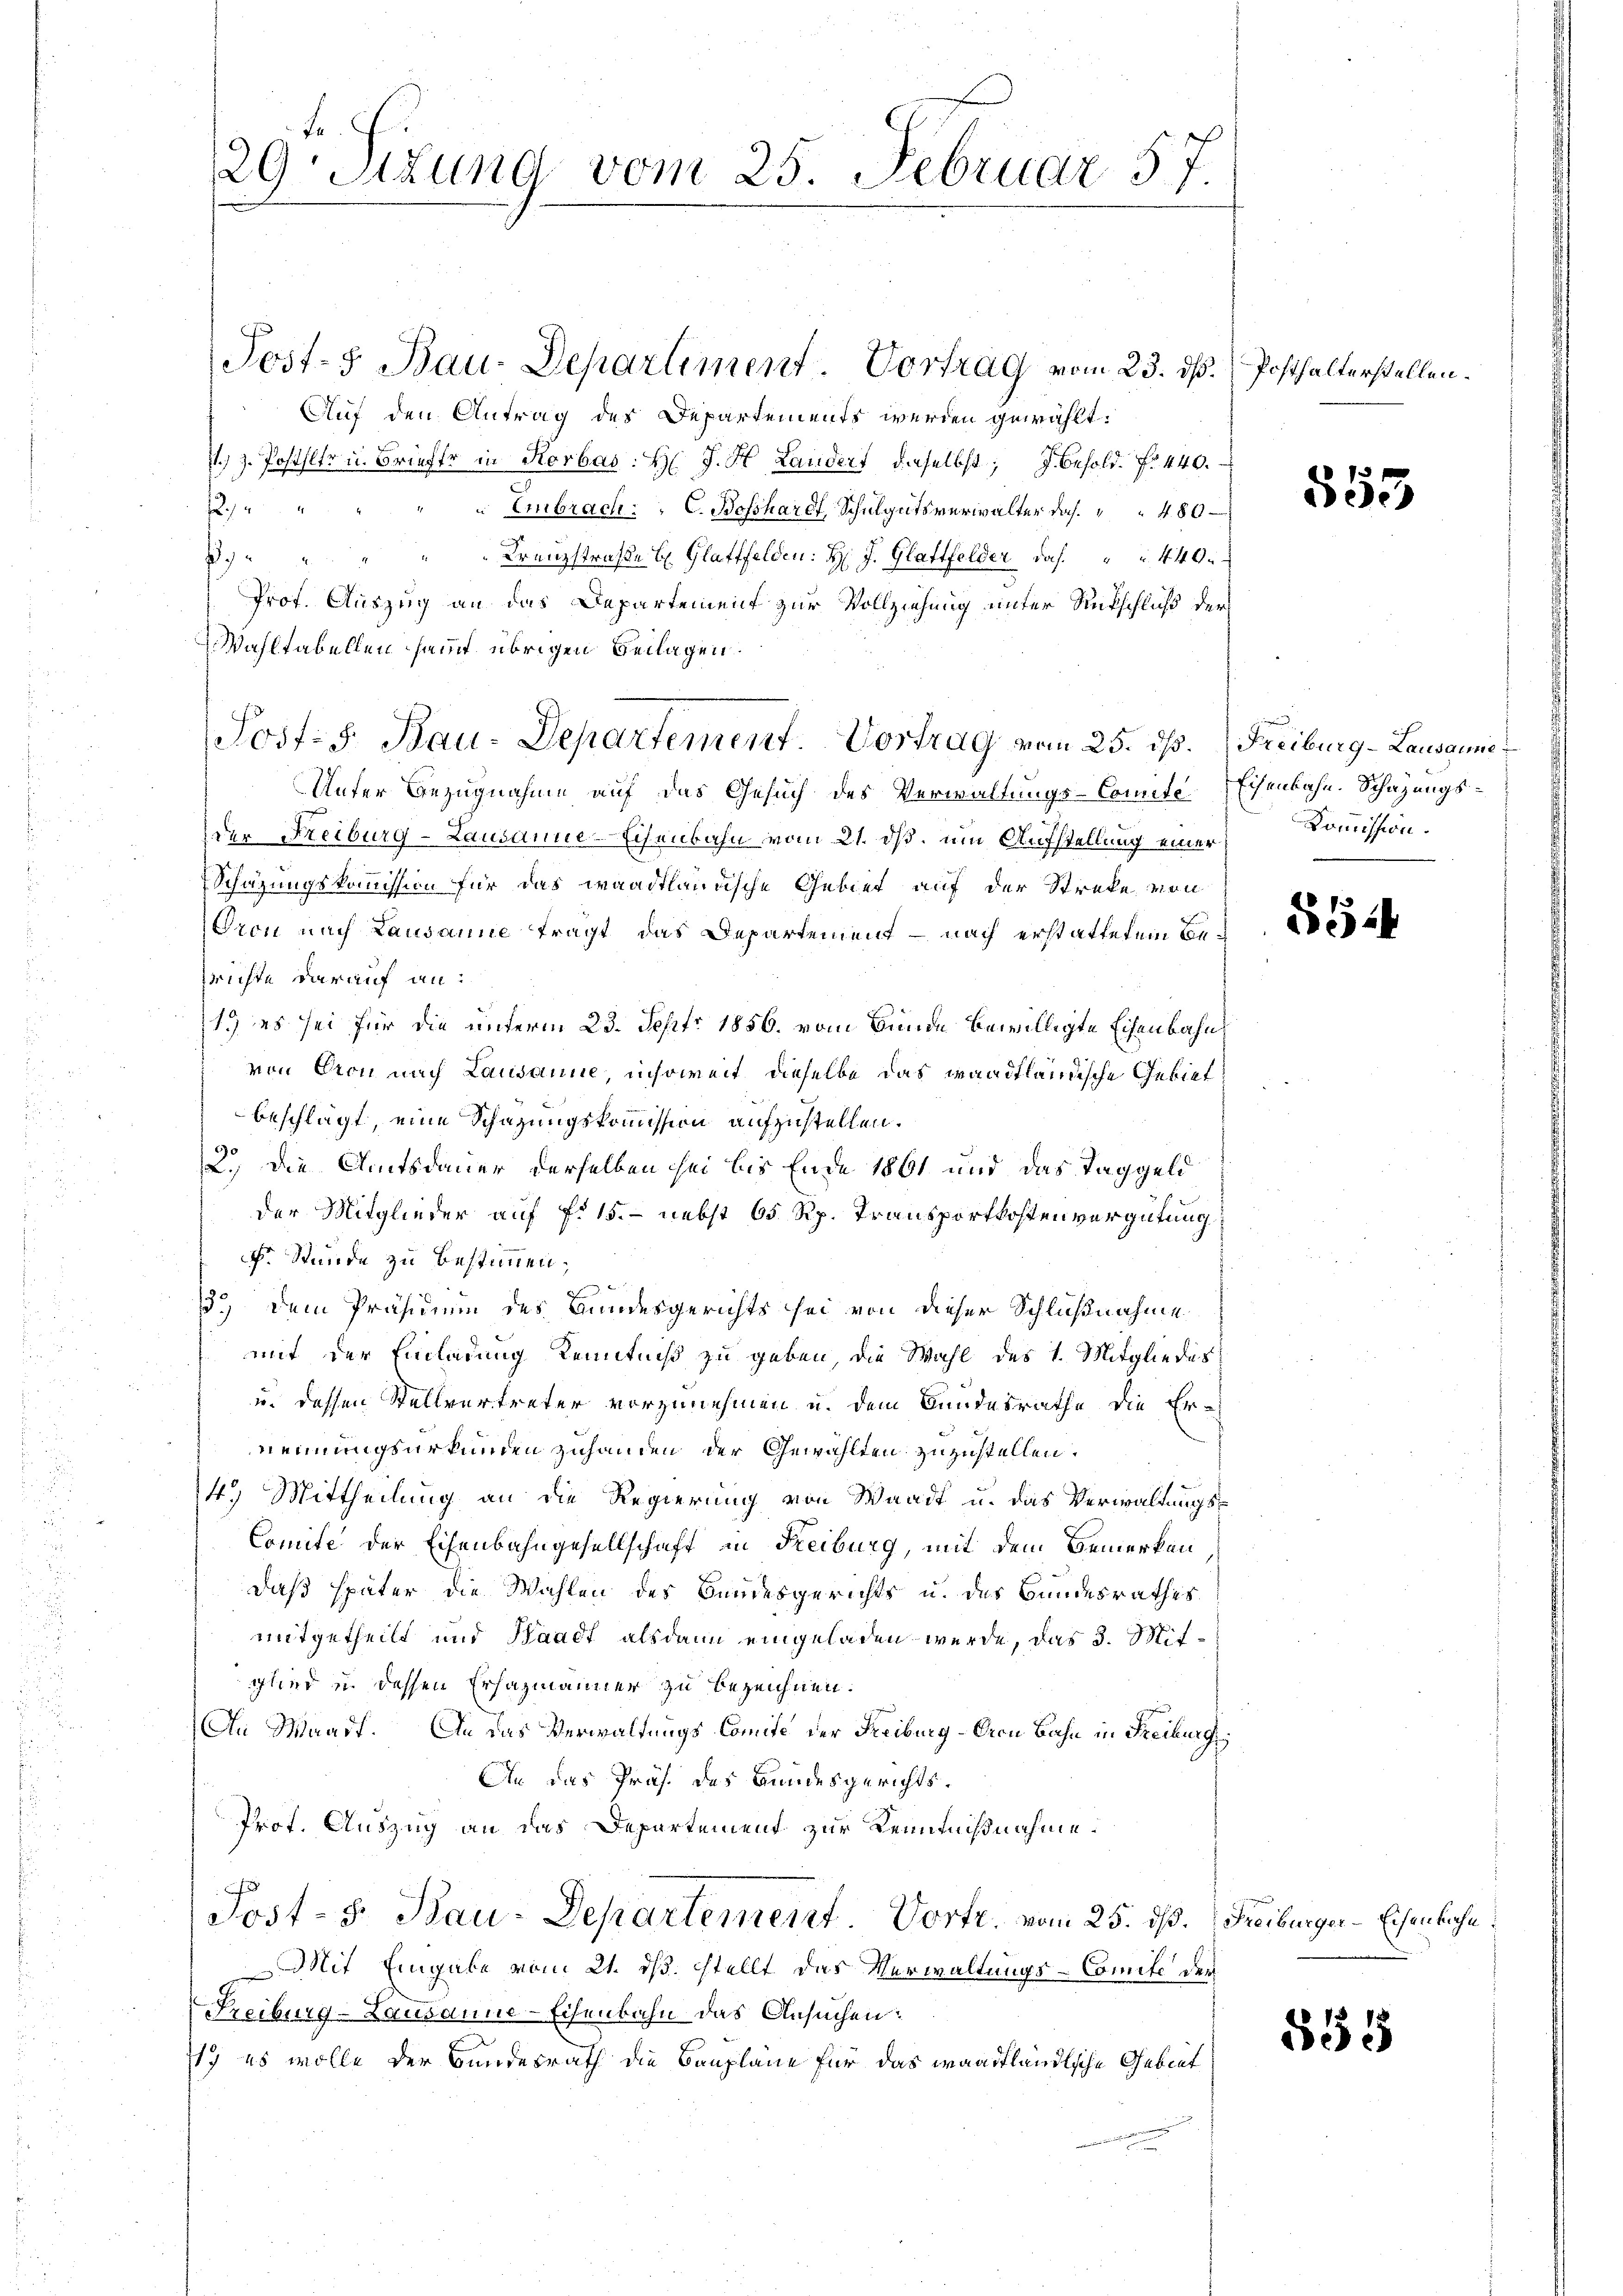
29 Sitzung vom 25. Februar 57.

Auf den Antrag des Departements werden gewählt.
V. z. Posthler u. Briefer in Rorbas: H. J. H. Landert daselbst; J. Besold. N. 440.
he
" Embrach: C. Bosshardt, Schulgutsverwalter das 480
Kreuzstraße b. Glattfelden: H: J. Glattfelder das 440.
g
Prof. Auszug an das Departement zur Vollziehung unter Rückschluß der
Wahltabellen samt übrigen Beilagen.
Unter Bezugnahme auf das Gesuch des Verwaltungs-Comite
der Freiburg-Lausanne-Eisenbahn vom 21. ds. um Aufstellung einer
Schätzungskommission für das waadtländische Gebiet auf der Streke von
Gron nach Lausanne trägt das Departement - nach erstattetem Bewichte darauf an:
19 es sei für die unterm 23. Sept. 1856. vom Bunde bewilligte Eisenbahn
von Geon nach Lausanne, insoweit dieselbe das waadtländische Gebiet
beschlägt, eine Schazungskommission aufzustellen.
90
2.) Die Amtsdauer derselben sei bis Ende 1861 und das Taggeld
der Mitglieder auf fr. 15. - nebst 65 Rp. Transportkostenvergütung
F. Stunde zu bestimmen;
8fr. d. d.
13.) Dem Präsidium des Bundesgerichts sei von dieser Schlußnahme
mit der Einladung Kenntniß zu geben, die Wahl des 1. Mitgliedes
u. dessen Stellvertreter vorzunehmen u. dem Bundesrathe die Er-
nennungsurkunden zuhanden der Gewählten zuzustellen.
14. Mittheilung an die Regierung von Waadt u. das Verwaltungs¬
Comite der Eisenbahngesellschaft in Freiburg, mit dem Bemerken,
daß später die Wahlen des Bundesgerichts u. des Bundesrathes
mitgetheilt und Waadt alsdann eingeladen wurde, das 3. Mitglied u. dessen Erhazmänner zu bezeichnen.
An Waadt. An das Verwaltungs-Comite der Freiburg - Bern Bahn in Freiburgis
An das Präs. des Bundesgerichts¬
Prof. Auszug an das Departement zur Kenntnißnahme.
Post- 5. Kau-Departement Vorte, vom 25. ds. Freiburger-Eisenbahn
Mit Eingabe vom 21. ds. stellt das Verwaltungs-Comite der
Freiburg-Lausanne-Eisenbahn das Ansuchen:
y es wolle der Bundesrath die Baupläne für das waadtländliche Gebiet

Josf. J. Bau-Departement. Vortrag vom 25. ds.

Jost- & Bau-Departiment. Vortrag vom 23. ds.

Posthalterstellen.

553

Freiburg-Lausanne
Eisenbahn. Schazungs¬
Kommission.

552

855